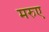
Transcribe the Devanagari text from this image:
मरुए